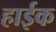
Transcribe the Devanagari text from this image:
हाईक